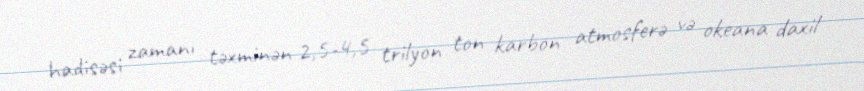
hadisəsi zamanı təxminən 2,5-4,5 trilyon ton karbon atmosferə və okeana daxil